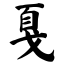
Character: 戛